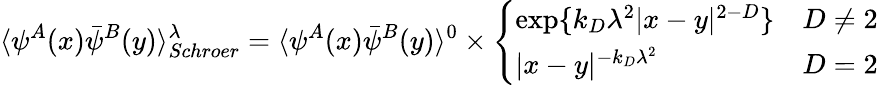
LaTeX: \langle\psi^{A}(x)\bar{\psi}^{B}(y)\rangle_{Schroer}^{\lambda}=\langle\psi^{A}(x)\bar{\psi}^{B}(y)\rangle^{0}\times\left\{ \begin{array}{ll}{{\exp\{ k_{D}\lambda^{2}|x-y|^{2-D}\} }}&{{D\neq 2}}\\ {{|x-y|^{-k_{D}\lambda^{2}}}}&{{D=2}}\end{array}\right.